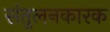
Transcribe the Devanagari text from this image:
संतुलनकारक